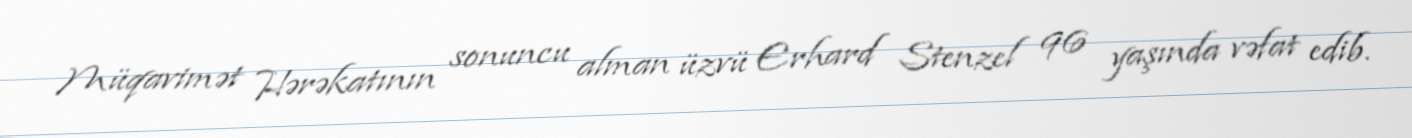
Müqavimət Hərəkatının sonuncu alman üzvü Erhard Stenzel 96 yaşında vəfat edib.